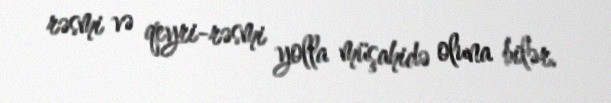
rəsmi və qeyri-rəsmi yolla müşahidə oluna bilər.